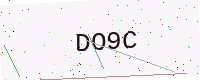
Text: DO9C